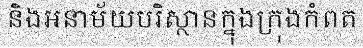
និងអនាម័យបរិស្ថានក្នុងក្រុងកំពត